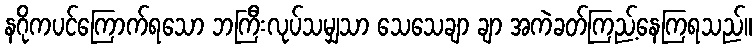
နဂိုကပင်ကြောက်ရသော ဘကြီးလုပ်သမျှသာ သေသေချာ ချာ အကဲခတ်ကြည့်နေကြရသည်။